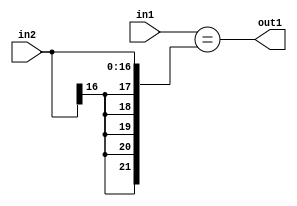
`timescale 1ps / 1ps
/*****************************************************************************
    Verilog RTL Description
    
    
    Created by: Stratus DpOpt 2019.1.01 
*******************************************************************************/

module st_weight_addr_gen_Equal_17Sx16U_1U_4_0 (
	in2,
	in1,
	out1
	); /* architecture "behavioural" */ 
input [16:0] in2;
input [15:0] in1;
output  out1;
wire  asc001;

assign asc001 = (in1=={{5{in2[16]}}, in2});

assign out1 = asc001;
endmodule

/* CADENCE  ubPyTg4= : u9/ySgnWtBlWxVPRXgAZ4Og= ** DO NOT EDIT THIS LINE ******/